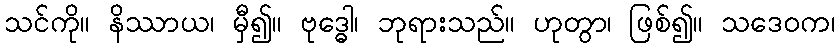
သင်ကို။ နိဿာယ၊ မှီ၍။ ဗုဒ္ဓေါ၊ ဘုရားသည်။ ဟုတွာ၊ ဖြစ်၍။ သဒေဝက၊